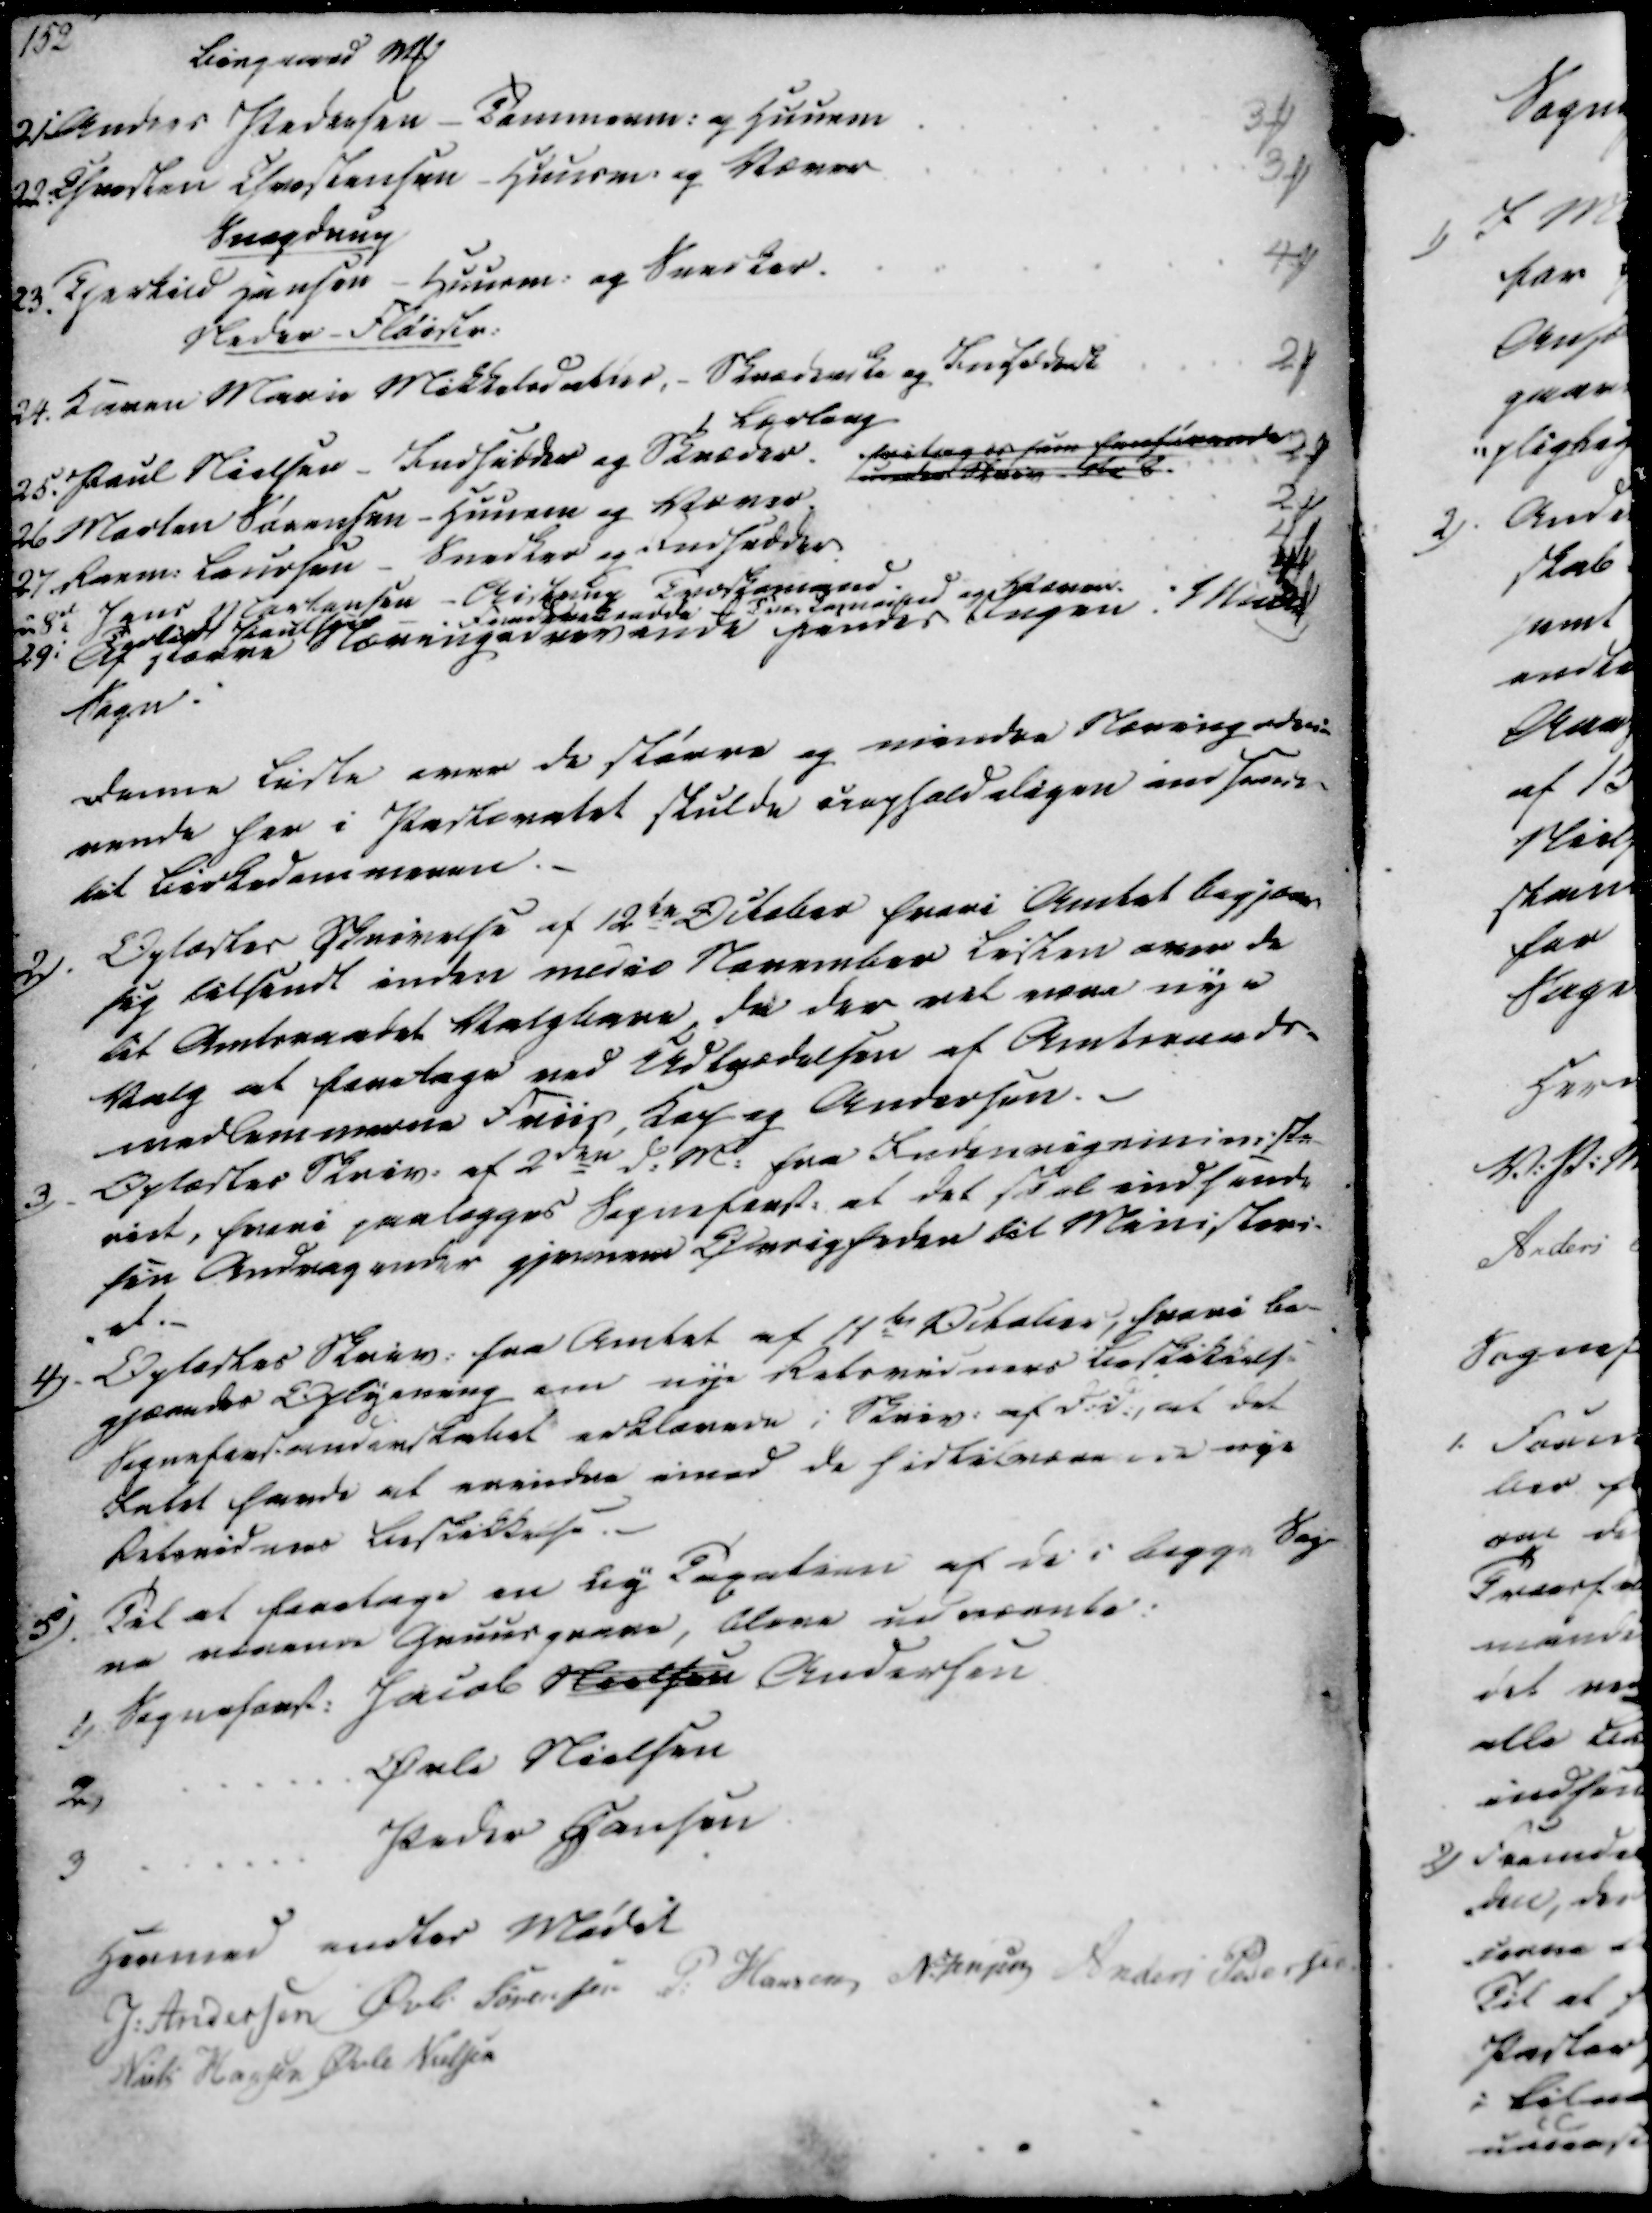
Transskription:
Bisgaard ₻
21 Anders Pedersen - Tømmerm. og Huusm
3 ₻
22. Chresten Chrestensen - Huusm og Væver
3 ₻
Snogdrup
23. Thorkild Hansen - Huusm. og Snerker.
4 ₻
Neder-Fløistr.
24. Karen Marie Mikkelsdatter, - Skræderske og Indsiderske
1 Lærling
2 ₻
25. Paul Nielsen - Indsidder og Skræder. fritages som henhørende
under Skriv  8
2 ₻
26 Morten Sørensen - Huusm og Væver
2 ₻
27 Rasm. Laursen - Snedker og Indsidder
4 ₻
28d Jens Mortensen - Aistrup Træskomand.
ligt  Fdde  og Væver
4 ₻
29. Af større Næringsdrivende findes Ingen i Mall.
Sogn.

Denne Liste over de større og mindre Næringsdri-
vende her i Pastoratet skulde uopholdeligen indsendes
til Birkedommeren.

2). Oplæstes Skrivelse af 12te October hvori Amtet begjære
sig tilsendt inden medio November Listen over de
til Amtsraadet Valgbare, da der vel være nye
Valg at foretage ved Udtrædelsen af Amtsraads-
medlemmerne Friis Kep og Andersen.
3) Oplæstes Skriv. af 2den d.M. fra Indenrigsministe-
riet, hvori paalægges Sogneforst. at det skal indsende
sin Andragender gjennem Øvrigheden til Ministeri-
et.
4) Oplæstes Skriv. fra Amtet af 11te October, hvori be-
gjæredes Oplysning om nye Retsvidners Beskikkelse
Sogneforsanderskabet erklærede i Skriv. af D.D., at det
Intet havde at erindre imod de hidtilværende nye
Retsvidners Beskikkelse.
5). Til at foretage en ny Taxation af de i begge Sog-
ne værende Gruusgrave, bleve udnævnte:
1) Sogneforst. Jacob Nielsen Andersen
2)
Øvle Nielsen
3
Peder Hansen

Hermed endtes Mødet
J. Andersen
Øvli Sørensen
P. Hansen
N. Jensen
Anders Pedersen
Niels Hansen
Øvle Nielsen